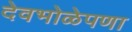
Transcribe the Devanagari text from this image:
देवभोळेपणा